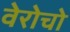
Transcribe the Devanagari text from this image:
वेरोचो